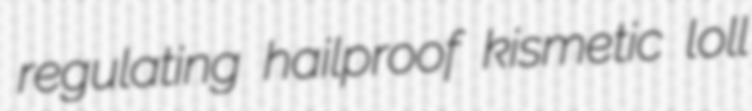
regulating hailproof kismetic loll